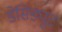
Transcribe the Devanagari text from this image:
डेसिड्यूट